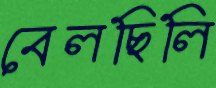
বেলছিলি